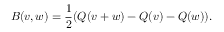
B ( v , w ) = { \frac { 1 } { 2 } } ( Q ( v + w ) - Q ( v ) - Q ( w ) ) .